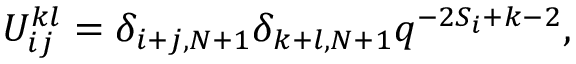
U _ { i j } ^ { k l } = \delta _ { i + j , N + 1 } \delta _ { k + l , N + 1 } q ^ { - 2 S _ { i } + k - 2 } ,